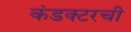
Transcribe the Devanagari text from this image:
कंडक्टरची